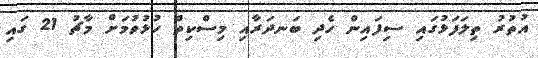
އުތުރު ތިލަފަޅުގައި ސިފައިން ހެދި ބަނދަރާއި މިސްކިތް ހުޅުވުމަށް މާޗު 21 ގައި